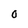
Character: O